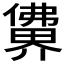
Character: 𰂽